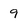
Character: 9